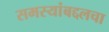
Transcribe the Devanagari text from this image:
समस्यांबद्दलचा